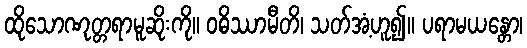
ထိုသောဏုတ္တရာမူဆိုးကို။ ဝဓိဿာမီတိ၊ သတ်အံ့ဟူ၍။ ပရာမယန္တော၊